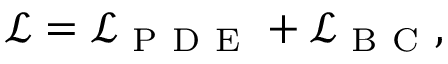
\mathcal { L } = \mathcal { L } _ { \mathrm { ~ P ~ D ~ E ~ } } + \mathcal { L } _ { \mathrm { ~ B ~ C ~ } } ,